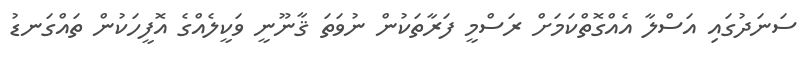
ސަނަދުގައި އަސްލާ އެއްގޮތްކަމަށް ރަސްމީ ފަރާތަކުން ނުވަތަ ޤާނޫނީ ވަކީލެއްގެ އޮފީހަކުން ތައްގަނޑު